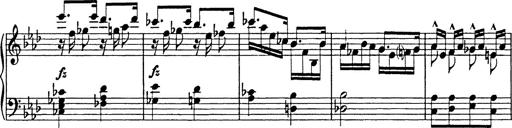
Title: 8 Variations
Composer: Franz Liszt
Key: A-flat major